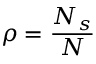
\rho = { \frac { N _ { s } } { N } }